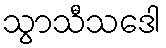
သွာသီသဒေါ